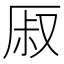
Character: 𰆜